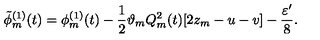
\tilde { \phi } _ { m } ^ { ( 1 ) } ( t ) = \phi _ { m } ^ { ( 1 ) } ( t ) - \frac { 1 } { 2 } \vartheta _ { m } Q _ { m } ^ { 2 } ( t ) [ 2 z _ { m } - u - v ] - \frac { \varepsilon ^ { \prime } } { 8 } .